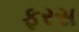
ફરસ